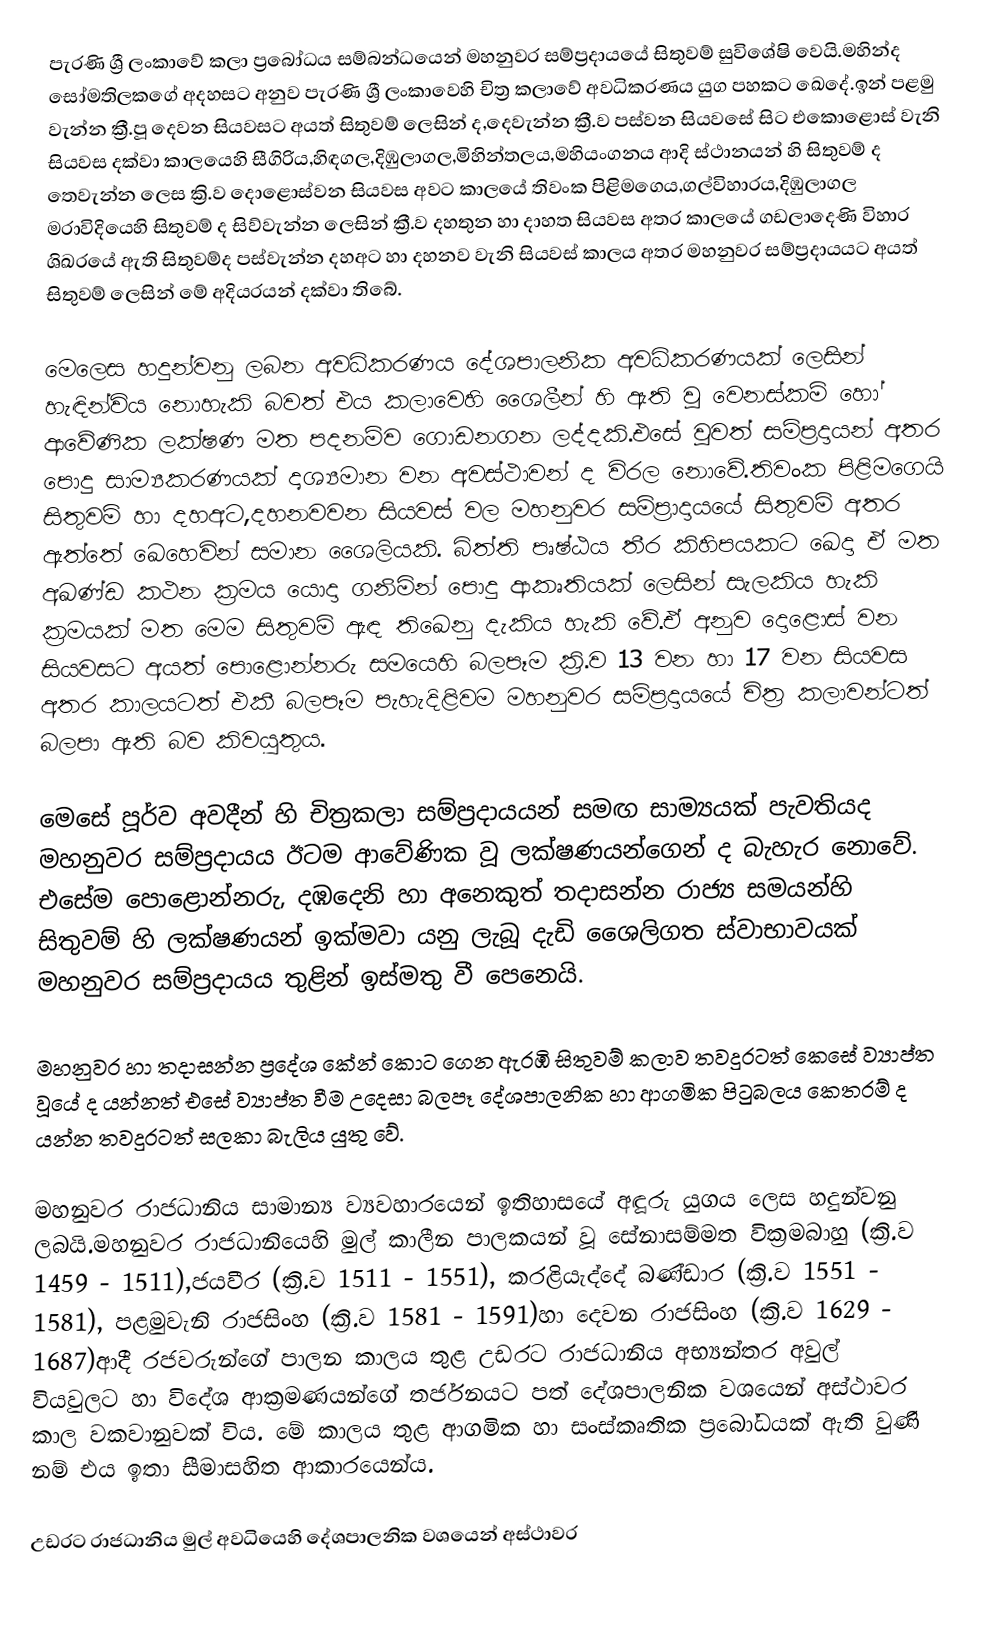
පැරණි ශ්‍රී ලංකාවේ කලා ප්‍රබෝධය සම්බන්ධයෙන් මහනුවර සම්ප්‍රදායයේ සිතුවම් සුවිශේෂි වෙයි.මහින්ද සෝමතිලකගේ අදහසට අනුව පැරණි ශ්‍රී ලංකාවෙහි චිත්‍ර කලාවේ අවධිකරණය යුග පහකට ඛෙදේ.ඉන් පළමු වැන්න ක්‍රී.පූ දෙවන සියවසට අයත් සිතුවම් ලෙසින් ද,දෙවැන්න ක්‍රී.ව පස්වන සියවසේ සිට එකොළොස් වැනි සියවස දක්වා කාලයෙහි සීගිරිය,හිඳගල,දිඹුලාගල,මිහින්තලය,මහියංගනය ආදි ස්ථානයන් හි සිතුවම් ද තෙවැන්න ලෙස ක්‍රි.ව දොළොස්වන සියවස අවට කාලයේ තිවංක පිළිමගෙය,ගල්විහාරය,දිඹුලාගල මරාවිදියෙහි සිතුවම් ද සිව්වැන්න ලෙසින් ක්‍රී.ව දහතුන හා දාහත සියවස අතර කාලයේ ගඩලාදෙණි විහාර ශිඛරයේ ඇති සිතුවම්ද පස්වැන්න දහඅට හා දහනව වැනි සියවස් කාලය අතර මහනුවර සම්ප්‍රදායයට අයත් සිතුවම්   ලෙසින් මේ අදියරයන් දක්වා තිබේ.

මෙලෙස හදුන්වනු ලබන අවධිකරණය දේශපාලනික අවධිකරණයක් ලෙසින් හැඳින්විය නොහැකි බවත් එය කලාවෙහි ශෛලීන් හි ඇති වූ වෙනස්කම් හෝ ආවේණික ලක්ෂණ මත පදනම්ව ගොඩනගන ලද්දකි.එසේ වූවත් සම්ප්‍රදායන් අතර පොදු සාම්‍යකරණයක් දෘශ්‍යමාන වන අවස්ථාවන් ද විරල නොවේ.තිවංක පිළිමගෙයි සිතුවම් හා දහඅට,දහනවවන සියවස් වල මහනුවර සම්ප්‍රාදායයේ සිතුවම් අතර ඇත්තේ ඛෙහෙවින් සමාන ශෛලියකි. බිත්ති පෘෂ්ඨය තීර කිහිපයකට ඛෙදා ඒ මත අඛණ්ඩ කථන ක්‍රමය යොදා ගනිමින් පොදු ආකෘතියක් ලෙසින් සැලකිය හැකි ක්‍රමයක් මත මෙම සිතුවම් ඇඳ තිඛෙනු දැකිය හැකි වේ.ඒ අනුව දොළොස් වන සියවසට අයත් පොළොන්නරු සමයෙහි බලපෑම ක්‍රි.ව 13 වන හා 17 වන සියවස අතර කාලයටත් එකී බලපෑම පැහැදිළිවම මහනුවර සම්ප්‍රදායයේ චිත්‍ර කලාවන්ටත් බලපා ඇති බව කිවයුතුය.

මෙසේ පූර්ව අවදීන් හි චිත්‍රකලා සම්ප්‍රදායයන් සමඟ සාම්‍යයක් පැවතියද මහනුවර සම්ප්‍රදායය ඊටම ආවේණික වූ ලක්ෂණයන්ගෙන් ද බැහැර නොවේ. එසේම පොළොන්නරු, දඹදෙනි හා අනෙකුත් තදාසන්න රාජ්‍ය සමයන්හි සිතුවම් හි ලක්ෂණයන් ඉක්මවා යනු ලැබූ දැඩි ශෛලිගත ස්වාභාවයක් මහනුවර සම්ප්‍රදායය තුළින් ඉස්මතු වී පෙනෙයි.

මහනුවර හා තදාසන්න ප්‍රදේශ කේන් කොට ගෙන ඇරඹි සිතුවම් කලාව තවදුරටත් කෙසේ ව්‍යාප්ත වූයේ ද යන්නත් එසේ ව්‍යාප්ත වීම උදෙසා බලපෑ දේශපාලනික හා ආගමික පිටුබලය කෙතරම් ද යන්න තවදුරටත් සලකා බැලිය යුතු වේ.

මහනුවර රාජධානිය සාමාන්‍ය ව්‍යවහාරයෙන් ඉතිහාසයේ අඳූරු යුගය ලෙස හදුන්වනු ලබයි.මහනුවර රාජධානියෙහි මුල් කාලීන පාලකයන් වූ සේනාසම්මත වික්‍රමබාහු (ක්‍රි.ව 1459 - 1511),ජයවීර (ක්‍රි.ව 1511 - 1551), කරළියැද්දේ බණ්ඩාර (ක්‍රි.ව 1551 - 1581), පළමුවැනි රාජසිංහ (ක්‍රි.ව 1581 - 1591)හා දෙවන රාජසිංහ (ක්‍රි.ව 1629 - 1687)ආදී රජවරුන්ගේ පාලන කාලය තුළ උඩරට රාජධානිය අභ්‍යන්තර අවුල් වියවුලට හා විදේශ ආක්‍රමණයන්ගේ තර්ජනයට පත් දේශපාලනික වශයෙන් අස්ථාවර කාල වකවානුවක් විය. මේ කාලය තුළ ආගමික හා සංස්කෘතික ප්‍රබෝධයක් ඇති වුණි නම් එය ඉතා සීමාසහිත ආකාරයෙන්ය.

උඩරට රාජධානිය මුල් අවධියෙහි දේශපාලනික වශයෙන් අස්ථාවර